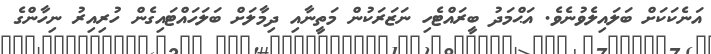
އަނެކަކަށް ބަލައިލެވުނެވެ. އަޙްމަދު ބީރައްޓެހި ނަޒަރަކުން މަތީނާއި ދިމާލަށް ބަލަހައްޓައިގެން ހުރިއިރު ނިހާންގެ